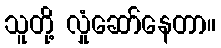
သူတို့ လှုံဆော်နေတာ။